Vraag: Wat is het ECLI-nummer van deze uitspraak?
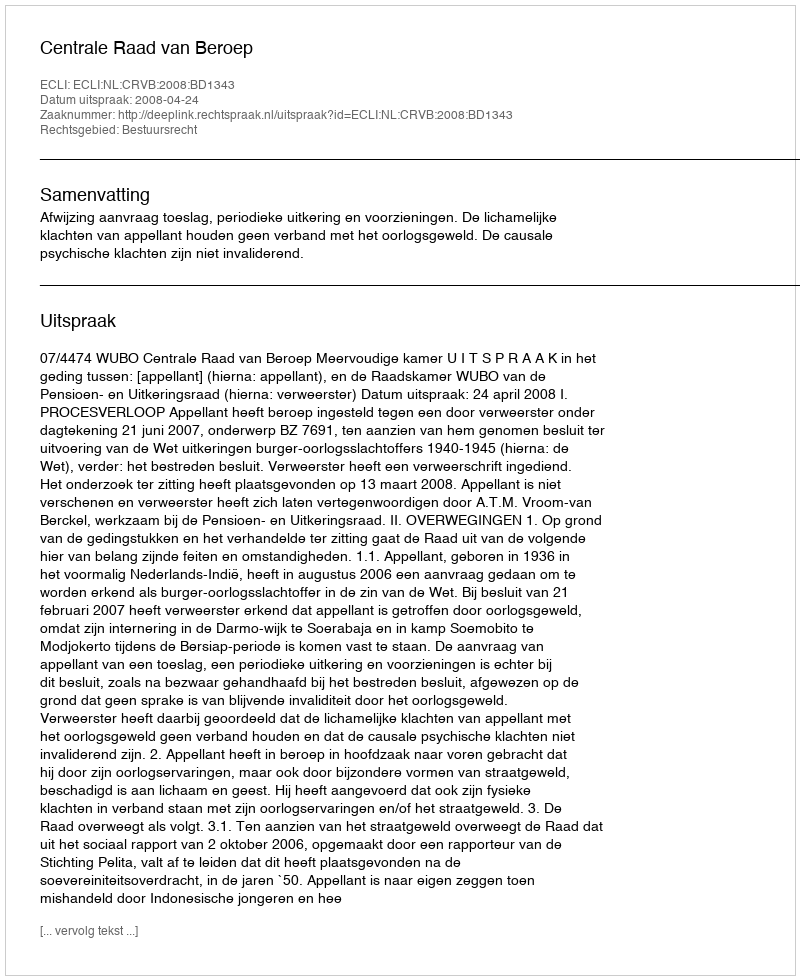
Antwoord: ECLI:NL:CRVB:2008:BD1343